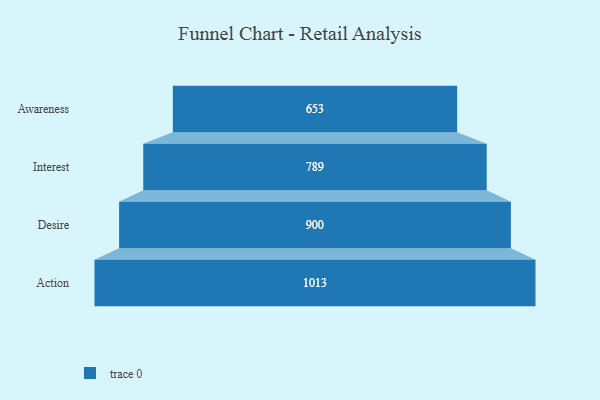
{"axis": {"x": "Stage", "y": "Value"}, "legend": [""], "data": [{"x": "Awareness", "y": 653.0, "type": ""}, {"x": "Interest", "y": 789.0, "type": ""}, {"x": "Desire", "y": 900.0, "type": ""}, {"x": "Action", "y": 1013.0, "type": ""}]}